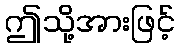
ဤသို့အားဖြင့်